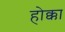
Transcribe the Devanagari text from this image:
होक्का